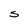
Character: S